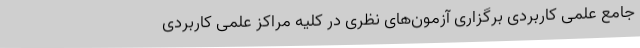
جامع علمی کاربردی برگزاری آزمون‌های نظری در کلیه مراکز علمی کاربردی